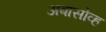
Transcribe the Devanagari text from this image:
अबासोव्ह